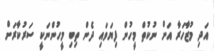
އަދި މުޒާހަރާ އަށް ނުކުތް މީހުން ފިޔަވައި ދެން ތިބި މީހުންނަކީ ސަރުކާރަށް